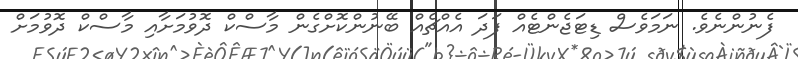
ފެނުންނެވެ. ނަމަވެސް ޑިޓަޖެންޓެއް ފަދަ އެއްޗެއް ބޭނުންކޮށްގެން މާސްކް ދޮވުމަށާއި މާސްކް ދޮވުމަށް